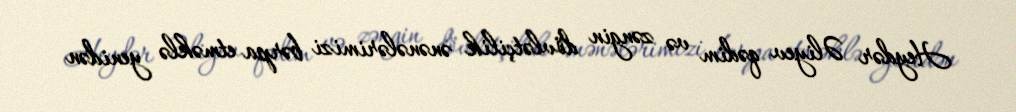
Heydər Əliyev qədim və zəngin dövlətçilik ənənələrimizi bərpa etməklə yenidən